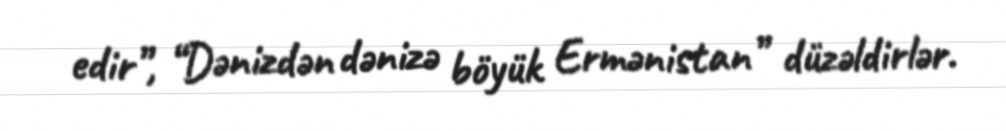
edir”, “Dənizdən dənizə böyük Ermənistan” düzəldirlər.